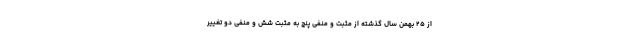
از ۲۵ بهمن‌ سال گذشته از مثبت و منفی پنج به مثبت شش و منفی دو تغییر